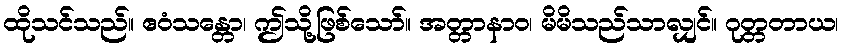
ထိုသင်သည်။ ဧဝံသန္တော၊ ဤသို့ဖြစ်သော်။ အတ္တာနာဝ၊ မိမိသည်သာလျှင်။ ဂုတ္တတာယ၊